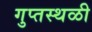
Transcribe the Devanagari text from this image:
गुप्तस्थळी